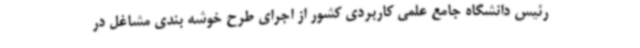
رئیس دانشگاه جامع علمی کاربردی کشور از اجرای طرح خوشه بندی مشاغل در